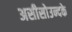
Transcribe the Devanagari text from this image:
असीसोउन्दके